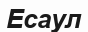
Есаул